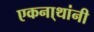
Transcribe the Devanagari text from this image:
एकना्थांनी